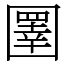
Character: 圛